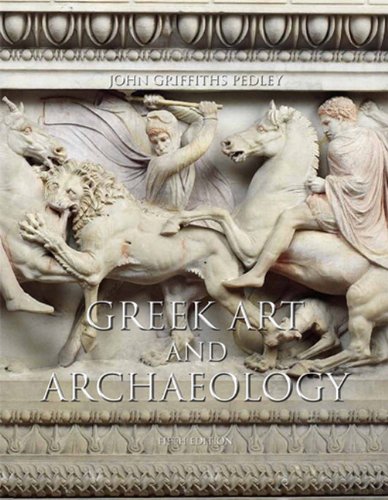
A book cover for Greek Art and Archaeology (5th Edition); John G. Pedley; Science & Math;